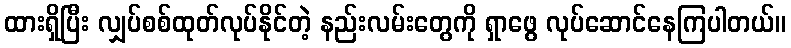
ထားရှိပြီး လျှပ်စစ်ထုတ်လုပ်နိုင်တဲ့ နည်းလမ်းတွေကို ရှာဖွေ လုပ်ဆောင်နေကြပါတယ်။